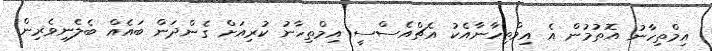
އިމްތިހާނު އޮތުމުން އެ އިމްތިހާނާއެކު އެޗްއެސްސީ އިމްތިހާނު ކުރިއަށް ގެންދަން ބައެއް ބެލެނިވެރިން